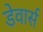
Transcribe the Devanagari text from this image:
डेवार्स